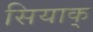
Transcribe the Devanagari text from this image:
सियाक्